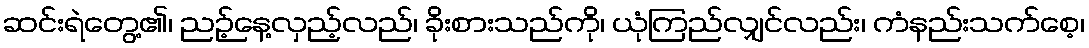
ဆင်းရဲတွေ့၏၊ ညဉ့်နေ့လှည့်လည်၊ ခိုးစားသည်ကို၊ ယုံကြည်လျှင်လည်း၊ ကံနည်းသက်စေ့၊